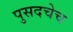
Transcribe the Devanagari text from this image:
पुसदचेच